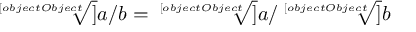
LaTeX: \; { \sqrt [ [object Object] ] { a / b } } = { \sqrt [ [object Object] ] { a } } / { \sqrt [ [object Object] ] { b } }